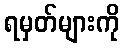
ရမှတ်များကို